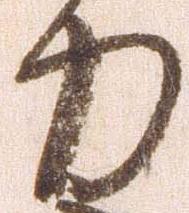
力